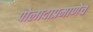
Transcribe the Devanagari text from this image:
पोलादाप्रमाणेच